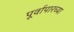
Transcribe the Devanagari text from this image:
पूर्वापारच्या